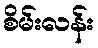
စိမ်းလန်း